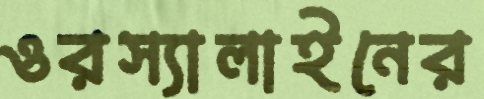
ওরস্যালাইনের